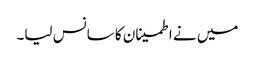
میں نے اطمینان کا سانس لیا۔